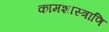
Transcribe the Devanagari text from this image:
कामशास्त्राणि